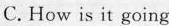
C. How is it going